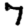
Digit: 7